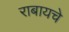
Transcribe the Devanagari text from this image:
राबायचे